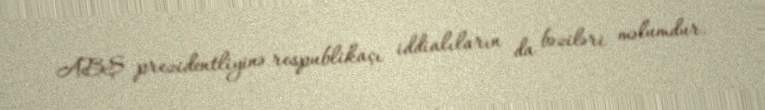
ABŞ prezidentliyinə respublikaçı iddialıların da bəziləri məlumdur.